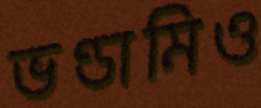
ভণ্ডামিও